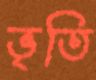
ভৃতি